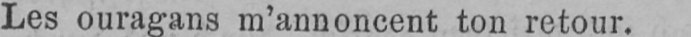
Les ouragans m’annoncent ton retour.